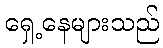
ရှေ့နေများသည်